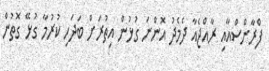
ފްރާންސްއާއި ރާއްޖެއާ ދެމެދު އޮންނަ ގުޅުން އިތުރަށް ބަދަހި ކުރުމާ ގުޅޭ ގޮތުން